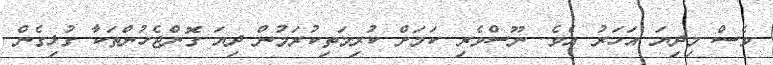
ވެސް މިދިޔަ އަހަރު އެވެ. ނޫސްވެރި ކަމަށް ކުރިމަތިކުރަމުން ދިޔަ ގޮންޖެހުންތަކާ ގުޅިގެން